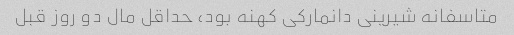
متاسفانه شیرینی دانمارکی کهنه بود، حداقل مال دو روز قبل